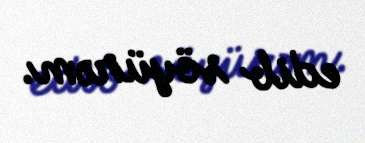
edib söyürəm.